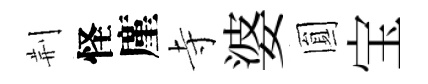
荆怪廑寺婆圎宝